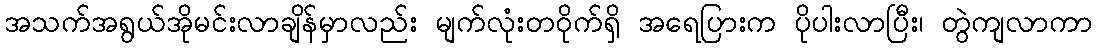
အသက်အရွယ်အိုမင်းလာချိန်မှာလည်း မျက်လုံးတဝိုက်ရှိ အရေပြားက ပိုပါးလာပြီး၊ တွဲကျလာကာ